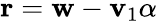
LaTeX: \mathbf{r}=\mathbf{w}-\mathbf{v}_{1}\alpha